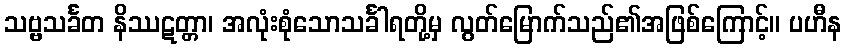
သဗ္ဗသင်္ခတ နိဿဋတ္တာ၊ အလုံးစုံသောသင်္ခါရတို့မှ လွတ်မြောက်သည်၏အဖြစ်ကြောင့်။ ပဟီန